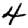
Digit: 4